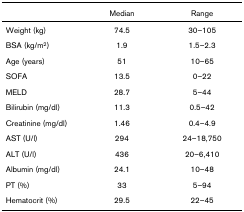
<table><thead><tr><td></td><td><b>Median</b></td><td><b>Range</b></td></tr></thead><tbody><tr><td>Weight (kg)</td><td>74.5</td><td>30–105</td></tr><tr><td>BSA (kg/m<sup>2</sup>)</td><td>1.9</td><td>1.5–2.3</td></tr><tr><td>Age (years)</td><td>51</td><td>10–65</td></tr><tr><td>SOFA</td><td>13.5</td><td>0–22</td></tr><tr><td>MELD</td><td>28.7</td><td>5–44</td></tr><tr><td>Bilirubin (mg/dl)</td><td>11.3</td><td>0.5–42</td></tr><tr><td>Creatinine (mg/dl)</td><td>1.46</td><td>0.4–4.9</td></tr><tr><td>AST (U/l)</td><td>294</td><td>24–18,750</td></tr><tr><td>ALT (U/l)</td><td>436</td><td>20–6,410</td></tr><tr><td>Albumin (mg/dl)</td><td>24.1</td><td>10–48</td></tr><tr><td>PT (%)</td><td>33</td><td>5–94</td></tr><tr><td>Hematocrit (%)</td><td>29.5</td><td>22–45</td></tr></tbody></table>